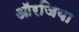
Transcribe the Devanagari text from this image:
ऑरजिया